Scientific memoirs by medical officers of the Army of India - Part X,
Year: 1897
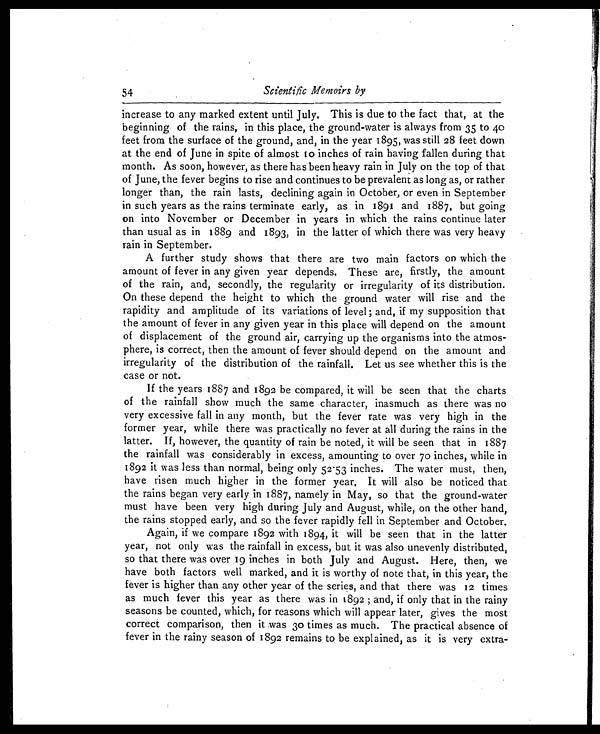
54
Scientific Memoirs by
increase to any marked extent until July. This is due to the fact that, at the
beginning of the rains, in this place, the ground-water is always from 35 to 40
feet from the surface of the ground, and, in the year 1895, was still 28 feet down
at the end of June in spite of almost to inches of rain having fallen during that
month. As soon, however, as there has been heavy rain in July on the top of that
of June, the fever begins to rise and continues to be prevalent as long as, or rather
longer than, the rain lasts, declining again in October, or even in September
in such years as the rains terminate early, as in 1891 and 1887, but going
on into November or December in years in which the rains continue later
than usual as in 1889 and 1893, in the latter of which there was very heavy
rain in September.
A further study shows that there are two main factors on which the
amount of fever in any given year depends. These are, firstly, the amount
of the rain, and, secondly, the regularity or irregularity of its distribution.
On these depend the height to which the ground water will rise and the
rapidity and amplitude of its variations of level; and, if my supposition that
the amount of fever in any given year in this place will depend on the amount
of displacement of the ground air, carrying up the organisms into the atmos-
phere, is correct, then the amount of fever should depend on the amount and
irregularity of the distribution of the rainfall. Let us see whether this is the
case or not.
If the years 1887 and 1892 be compared, it will be seen that the charts
of the rainfall show much the same character, inasmuch as there was no
very excessive fall in any month, but the fever rate was very high in the
former year, while there was practically no fever at all during the rains in the
latter. If, however, the quantity of rain be noted, it will be seen that in 1887
the rainfall was considerably in excess, amounting to over 70 inches, while in
1892 it was less than normal, being only 52 . 53 inches. The water must, then,
have risen much higher in the former year, It will also be noticed that
the rains began very early in 1887, namely in May, so that the ground-water
must have been very high during July and August, while, on the other hand,
the rains stopped early, and so the fever rapidly fell in September and October.
Again, if we compare 1892 with 1894, it will be seen that in the latter
year, not only was the rainfall in excess, but it was also unevenly distributed,
so that there was over 19 inches in both July and August. Here, then, we
have both factors well marked, and it is worthy of note that, in this year, the
fever is higher than any other year of the series, and that there was 12 times
as much fever this year as there was in 1892 ; and, if only that in the rainy
seasons be counted, which, for reasons which will appear later, gives the most
correct comparison, then it was 30 times as much. The practical absence of
fever in the rainy season of 1892 remains to be explained, as it is very extra-